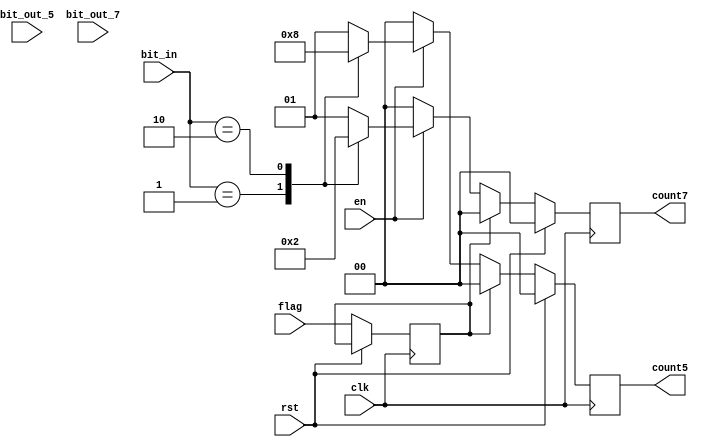
`timescale 1ns / 1ps
//////////////////////////////////////////////////////////////////////////////////
// Company: 
// Engineer: 
// 
// Design Name: 
// Module Name: detect1
// Project Name: 
// Target Devices: 
// Tool Versions: 
// Description: 
// 
// Dependencies: 
// 
// Revision:
// Revision 0.01 - File Created
// Additional Comments:
// 
//////////////////////////////////////////////////////////////////////////////////


module detect2(
input clk,
input rst,
input en,
input flag,
input [1:0] bit_in,
input [1:0] bit_out_5,
input [1:0] bit_out_7,
output reg [1:0] count5,
output reg [1:0] count7
    );
reg flag_detect;
always @(posedge clk)
begin
    if(rst)
    begin
        count5 <= 0;
        count7 <= 0;
    end
    else
    begin
        flag_detect <= flag;
    if(flag_detect == 0)
    begin
        if(!en)
        begin
            count5 <= 0;
            count7 <= 0;
        end
        else
        begin
            case(bit_in)
            2'b00:
            begin
                count5 <= 2'd1;
                count7 <= 2'd1;
            end
            2'b01:
            begin
                count5 <= 2'd2;
                count7 <= 2'd0;
            end
            2'b10:
            begin
                count5 <= 2'd0;
                count7 <= 2'd2;
            end
            default:
            begin
                count5 <= 2'd1;
                count7 <= 2'd1;
            end
            endcase
        end
    end
    else
    begin
        count5 <= 0;
        count7 <= 0;
    end
end
end
endmodule